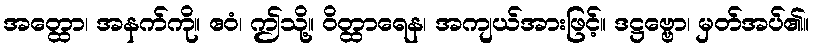
အတ္ထော၊ အနက်ကို။ ဧဝံ၊ ဤသို့။ ဝိတ္ထာရေန၊ အကျယ်အားဖြင့်။ ဒဋ္ဌဗ္ဗော၊ မှတ်အပ်၏။